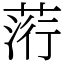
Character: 䓷